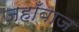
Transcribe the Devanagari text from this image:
जहाँबाज